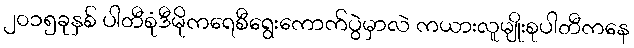
၂၀၁၅ခုနှစ် ပါတီစုံဒီမိုကရေစီရွေးကောက်ပွဲမှာလဲ ကယားလူမျိုးစုပါတီကနေ